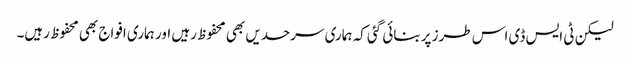
لیکن ٹی ایس ڈی اس طرز پر بنائی گئی کہ ہماری سرحدیں بھی محفوظ رہیں اور ہماری افواج بھی محفوظ رہیں۔